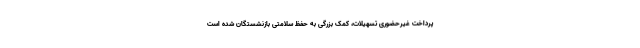
پرداخت غیرحضوری تسهیلات، کمک بزرگی به حفظ سلامتی بازنشستگان شده است